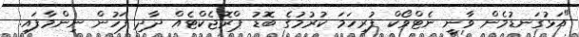
"އަޅުގަނޑުމެން ވާނީ ނެޓްވޯކް ފުރިހަމަ ކުރުމުގެ ބޮޑު ޕްރޮޖެކްޓެއް ދާދި ފަހުން ނިންމާފައި.